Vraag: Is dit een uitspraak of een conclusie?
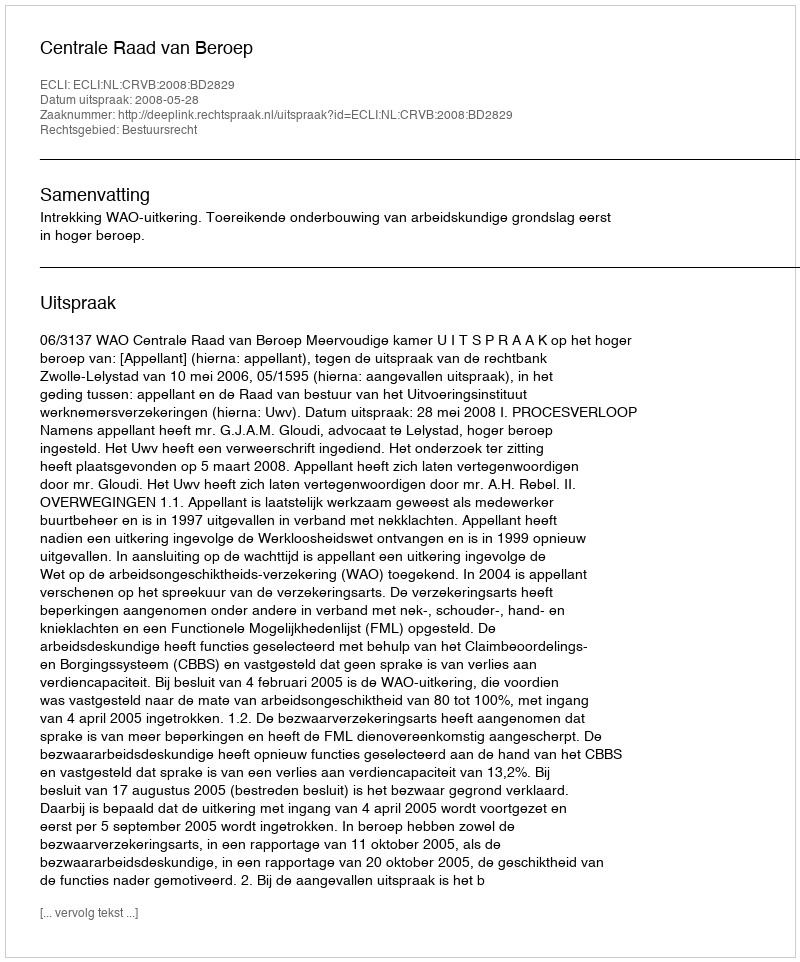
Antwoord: Uitspraak